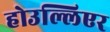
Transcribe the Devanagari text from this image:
होउल्लिएर